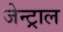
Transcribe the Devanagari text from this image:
जेन्ट्राल